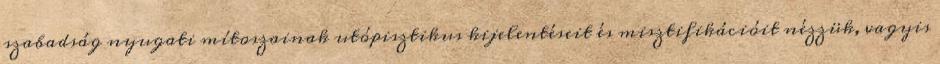
szabadság nyugati mítoszainak utópisztikus kijelentéseit és misztifikációit nézzük, vagyis